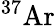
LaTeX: {}^{37}\mathrm{Ar}